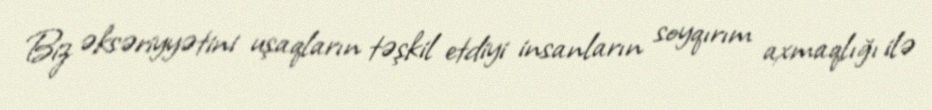
Biz əksəriyyətini uşaqların təşkil etdiyi insanların soyqırım axmaqlığı ilə